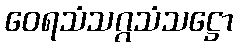
ဝေရသံသဂ္ဂသံသဋ္ဌော